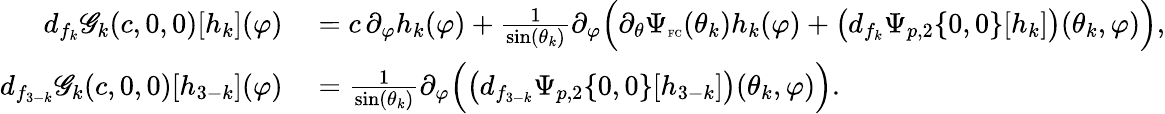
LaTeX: \begin{array}{rl}{d_{f_{k}}\mathscr{G}_{k}(c,0,0)[h_{k}](\varphi)}&{{}=c\, \partial_{\varphi}h_{k}(\varphi)+\frac{1}{\sin(\theta_{k})}\partial_{\varphi}\Big(\partial_{\theta}\Psi_{\textnormal{\tiny{FC}}}(\theta_{k})h_{k}(\varphi)+\big(d_{f_{k}}\Psi_{p,2}\{ 0,0\} [h_{k}]\big)(\theta_{k},\varphi)\Big),}\\ {d_{f_{3-k}}\mathscr{G}_{k}(c,0,0)[h_{3-k}](\varphi)}&{{}=\frac{1}{\sin(\theta_{k})}\partial_{\varphi}\Big(\big(d_{f_{3-k}}\Psi_{p,2}\{ 0,0\} [h_{3-k}]\big)(\theta_{k},\varphi)\Big).}\end{array}